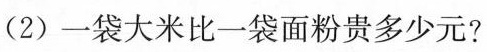
(2)一袋大米比一袋面粉贵多少元?